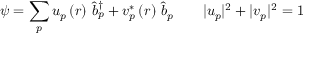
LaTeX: \psi = \sum _ { p } u _ { p } \left( r \right) \, \hat { b } _ { p } ^ { \dagger } + v _ { p } ^ { * } \left( r \right) \, \hat { b } _ { p } \qquad | u _ { p } | ^ { 2 } + | v _ { p } | ^ { 2 } = 1